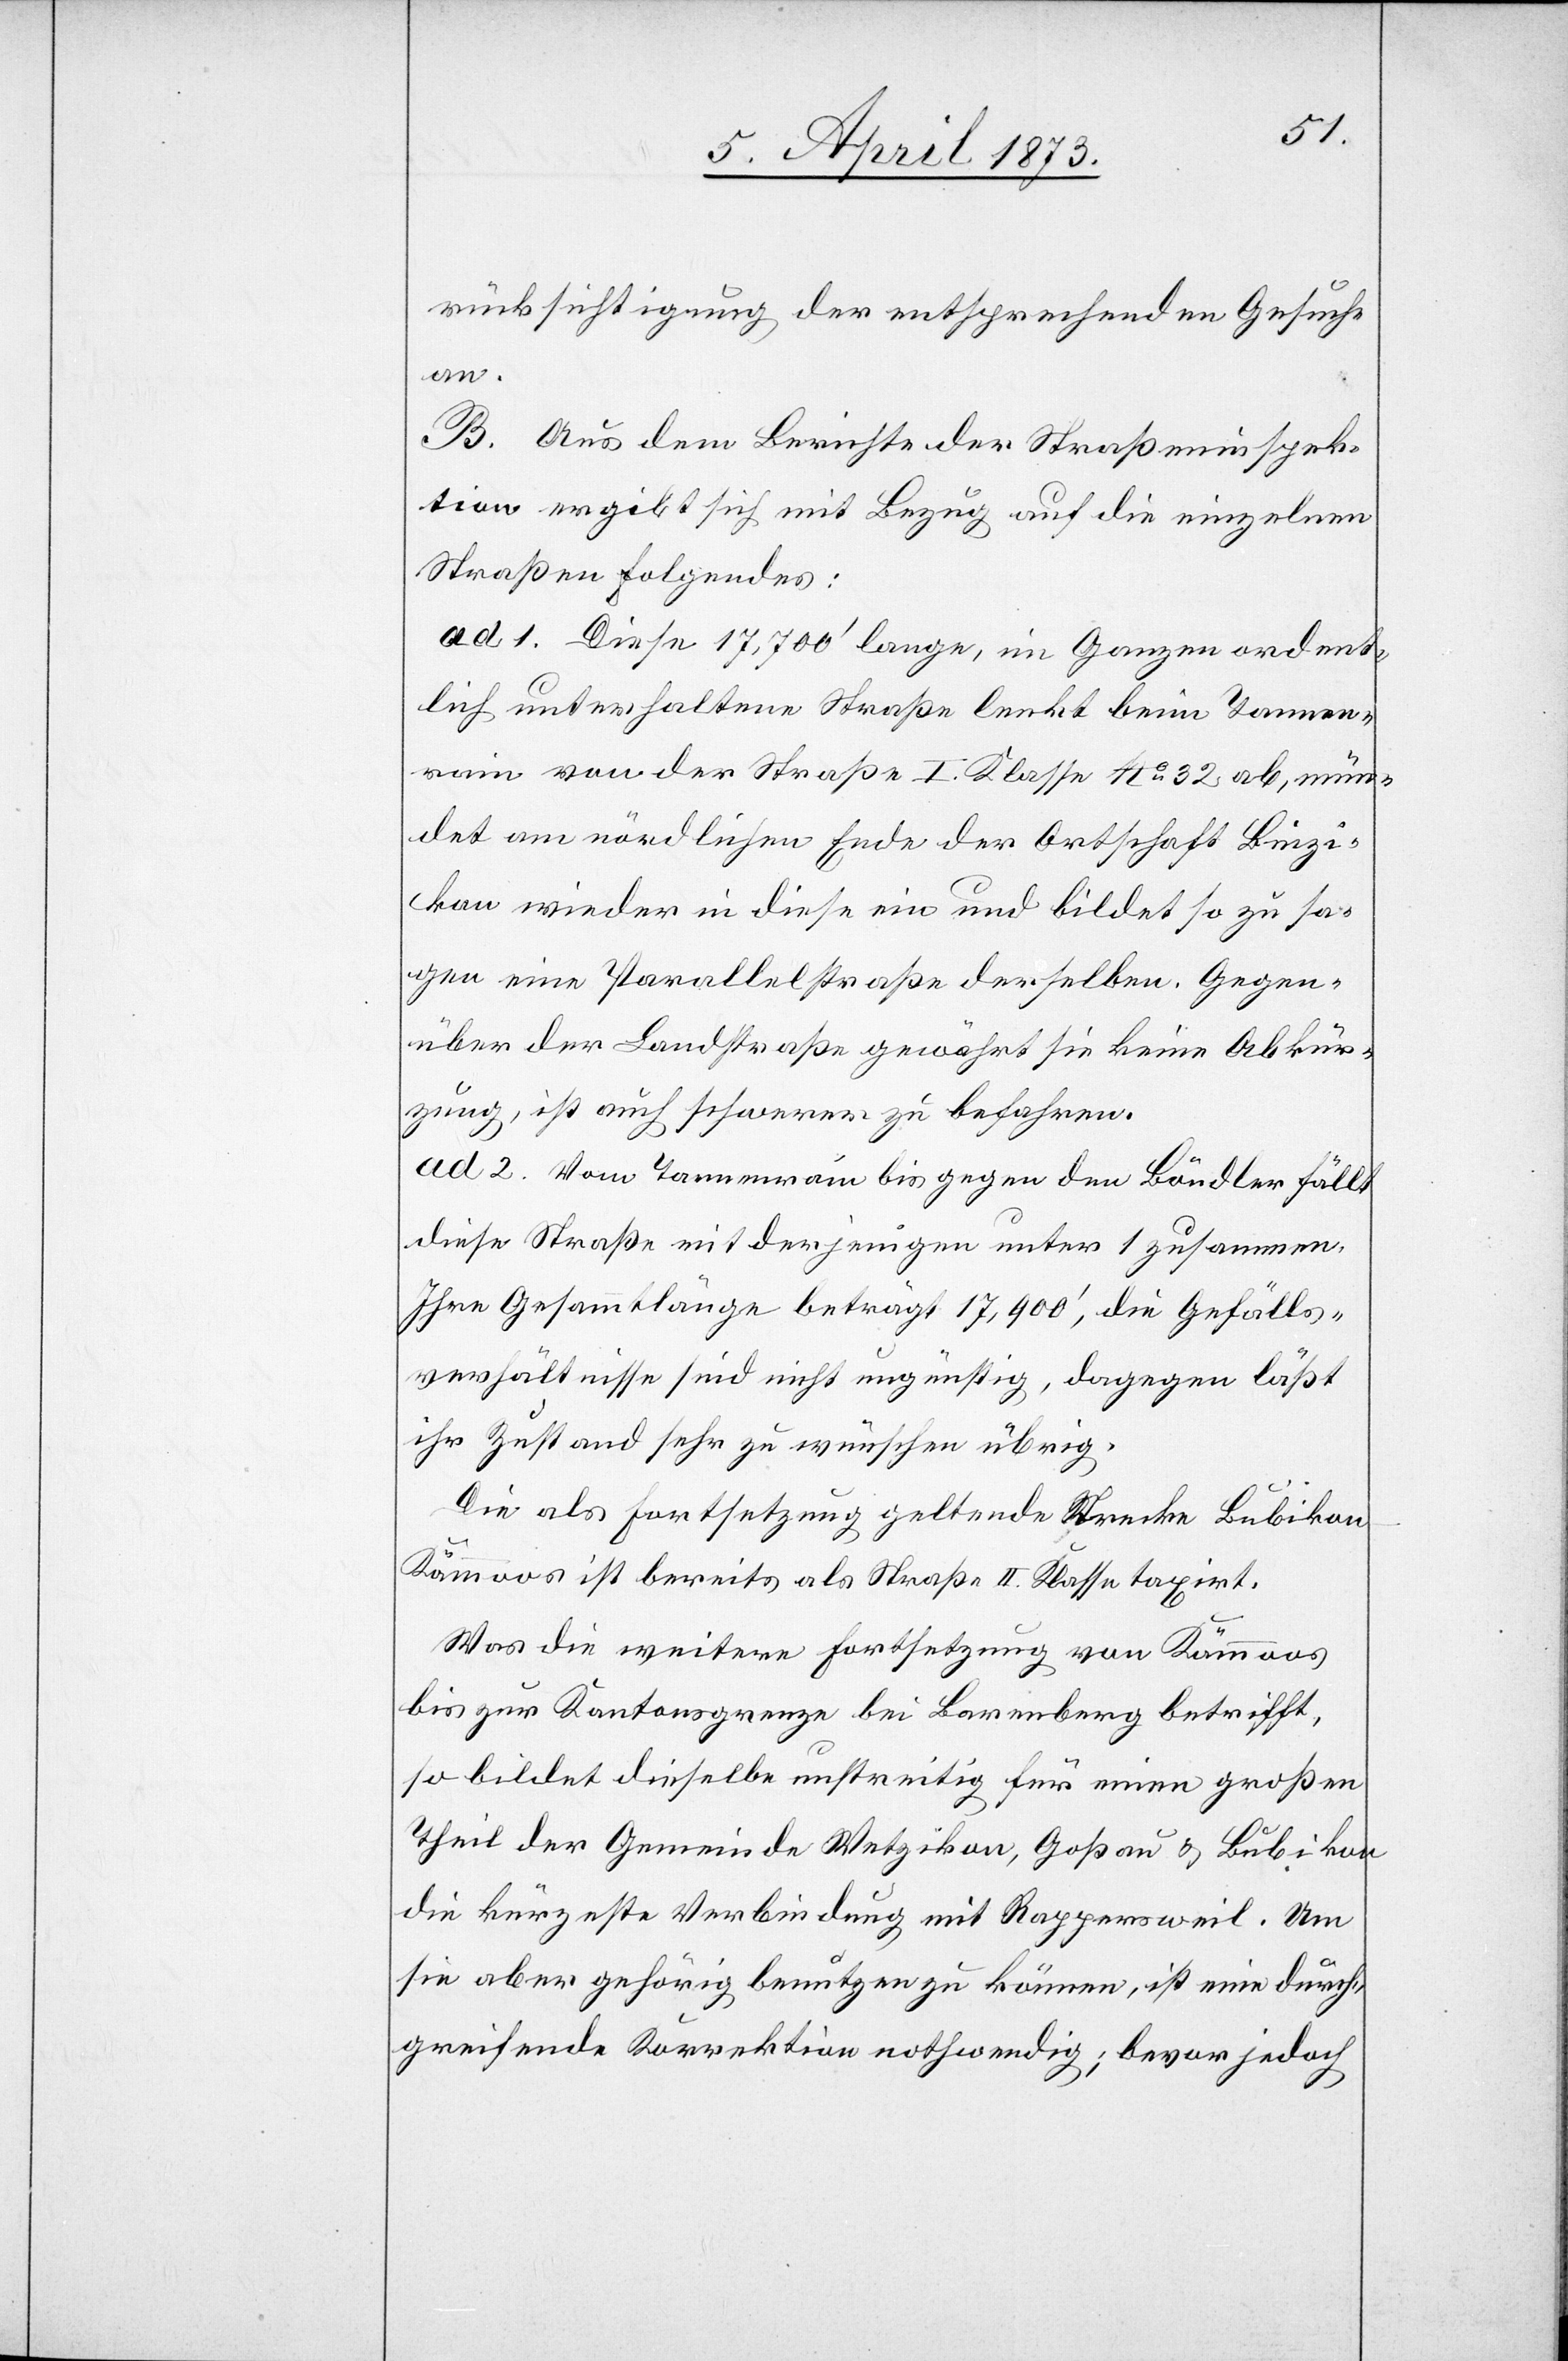
rücksichtigung der entsprechenden Gesuche
an.
B. Aus dem Berichte der Straßeninspek¬
tion ergibt sich mit Bezug auf die einzelnen
Straßen Folgendes:
ad 1. Diese 17,799’ lange, im Ganzen ordent¬
lich unterhaltene Straße lenkt beim Tannen¬
rain von der Straße I. Klasse No 32 ab, mün¬
det am nördlichen Ende der Ortschaft Binzi¬
kon wieder in diese ein und bildet so zu sa¬
gen eine Parallelstraße derselben. Gegen¬
über der Landstraße gewährt sie keine Abkür¬
zung, ist auch schwerer zu befahren.
ad 2. Vom Tannenrain bis gegen den Bändler fällt
diese Straße mit derjenigen unter 1 zusammen.
Ihre Gesammtlänge beträgt 17,900’, die Gefälls¬
verhältnisse sind nicht ungünstig, dagegen läßt
ihr Zustand sehr zu wünschen übrig.
Die als Fortsetzung geltende Strecke Bubikon–K¬
ämmoos ist bereits als Straße II. Klasse taxirt.
Was die weitere Fortsetzung von Kämmoos
bis zu Kantonsgrenze bei Barenberg betrifft,
so bildet dieselbe unstreitig für einen großen
Theil der Gemeinde Wetzikon, Goßau u. Bubikon
die kürzeste Verbindung mit Rappersweil. Um
sie aber gehörig benutzen zu können, ist eine durch¬
greifende Korrektion nothwendig; bevor jedoch